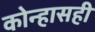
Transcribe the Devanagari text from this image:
कोन्हासही